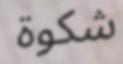
شكوة